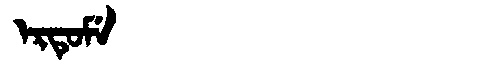
Manchu: ᡝᡵᡨᡠᠮᡝ
Romanization: ERTUME